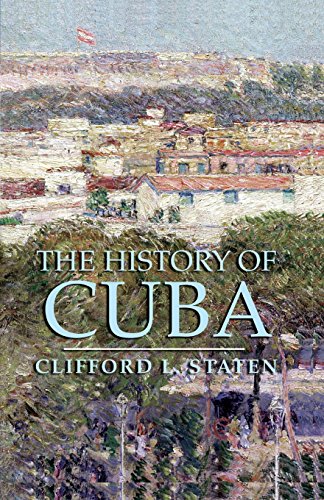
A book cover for The History of Cuba (Palgrave Essential Histories Series); Clifford L. Staten; History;